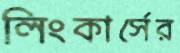
লিংকার্সের